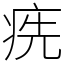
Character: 㾌